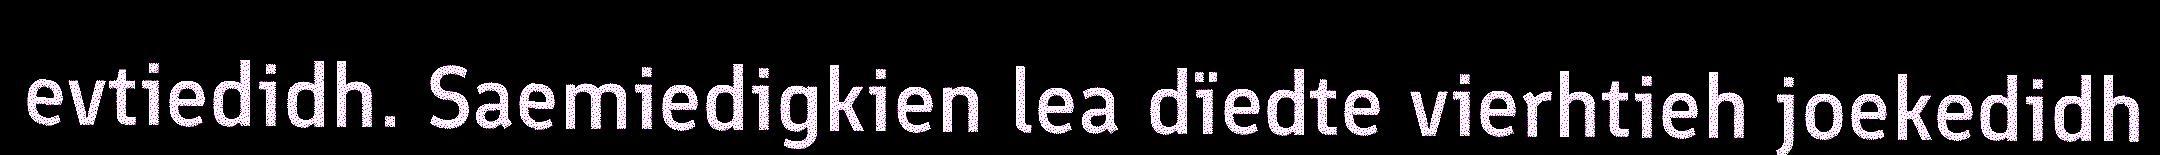
evtiedidh. Saemiedigkien lea dïedte vierhtieh joekedidh